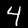
Digit: 4